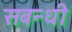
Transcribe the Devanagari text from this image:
सबन्धी